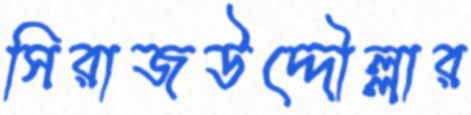
সিরাজউদ্দৌল্লার